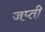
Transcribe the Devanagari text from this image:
जप्‍ती